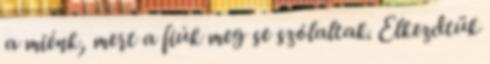
a miénk, mert a fiúk meg se szólaltak. Elkezdtük